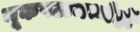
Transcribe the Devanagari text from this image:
मूकपटामध्येही